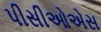
પીસીઓએસ